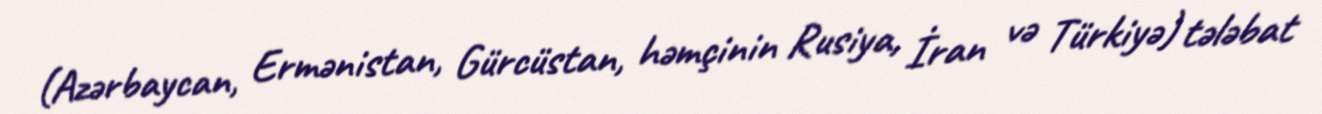
(Azərbaycan, Ermənistan, Gürcüstan, həmçinin Rusiya, İran və Türkiyə) tələbat